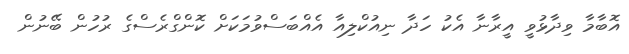
އޮބާމާ ވިދާޅުވީ އީރާނާ އެކު ހަދާ ނިއުކްލިއާ އެއްބަސްވުމަކަށް ކޮންގްރެސްގެ ރުހުން ބޭނުން